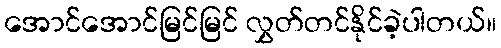
အောင်အောင်မြင်မြင် လွှတ်တင်နိုင်ခဲ့ပါတယ်။